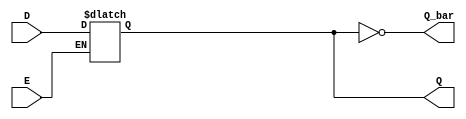
module LatchRegister (
    input wire D,        // Data input
    input wire E,        // Enable signal
    output reg Q,        // Current stored value
    output wire Q_bar    // Complement of Q
);

// Assign Q_bar as the inverse of Q
assign Q_bar = ~Q;

// Always block to implement the latch behavior
always @ (D or E) begin
    if (E) begin
        Q <= D;  // Capture the input D when E is HIGH
    end
    // When E is LOW, Q retains its last state (latch behavior)
end

endmodule